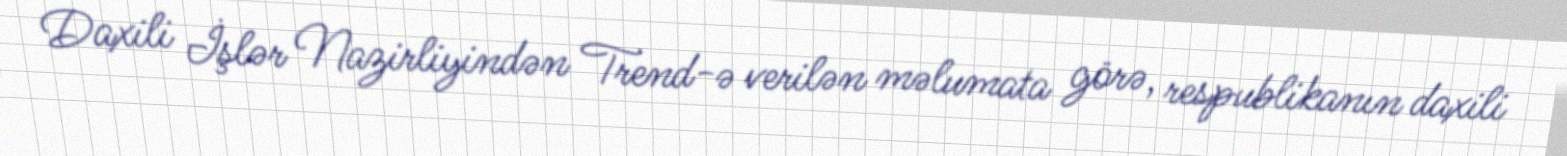
Daxili İşlər Nazirliyindən Trend-ə verilən məlumata görə, respublikanın daxili